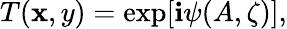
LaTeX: T(\mathbf{x},y)=\exp[\mathbf{i}\psi(A,\zeta)],